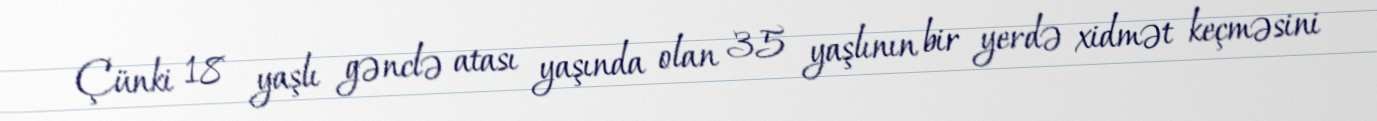
Çünki 18 yaşlı gənclə atası yaşında olan 35 yaşlının bir yerdə xidmət keçməsini